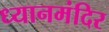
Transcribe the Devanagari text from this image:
ध्यानमंदिर